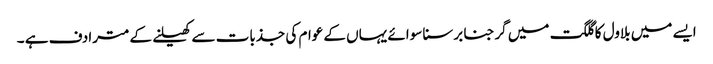
ایسے میں بلاول کا گلگت میں گرجنا برسنا سوائے یہاں کے عوام کی جذبات سے کھیلنے کے مترادف ہے ۔